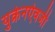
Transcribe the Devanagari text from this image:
युक्रेनऐवजी